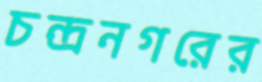
চন্দ্রনগরের